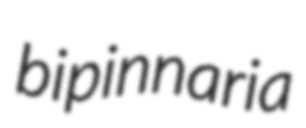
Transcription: bipinnaria